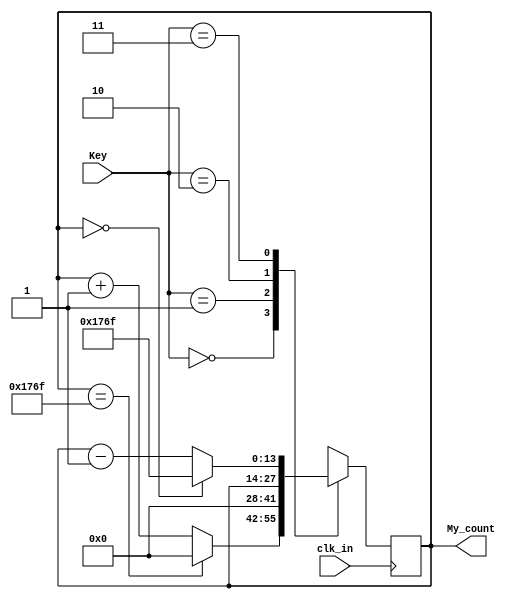
module My_timer(Key,clk_in,My_count);
input clk_in;
input [1:0] Key;
output reg [13:0] My_count=14'd0;
parameter Max_time=6000-1; // 10min

always @(posedge clk_in)
begin
   case(Key)
       2'b00: begin  
		           if(My_count==Max_time) My_count<=0; 
					  else My_count<=My_count+1; 
				  end
       2'b01: My_count<=0; 
       2'b10: My_count<=My_count; 
       2'b11: begin 
		           if(My_count==0) My_count<=Max_time; 
					  else My_count<=My_count-1; 
				  end       
	endcase
end

endmodule